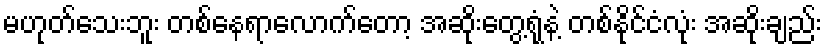
မဟုတ်သေးဘူး တစ်နေရာလောက်တော့ အဆိုးတွေ့ရုံနဲ့ တစ်နိုင်ငံလုံး အဆိုးချည်း